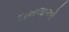
દાખલાઓ